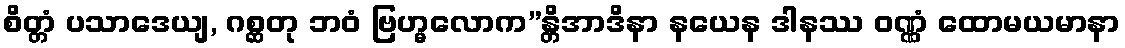
စိတ္တံ ပသာဒေယျ, ဂစ္ဆတု ဘဝံ ဗြဟ္မလောက”န္တိအာဒိနာ နယေန ဒါနဿ ဝဏ္ဏံ ထောမယမာနာ